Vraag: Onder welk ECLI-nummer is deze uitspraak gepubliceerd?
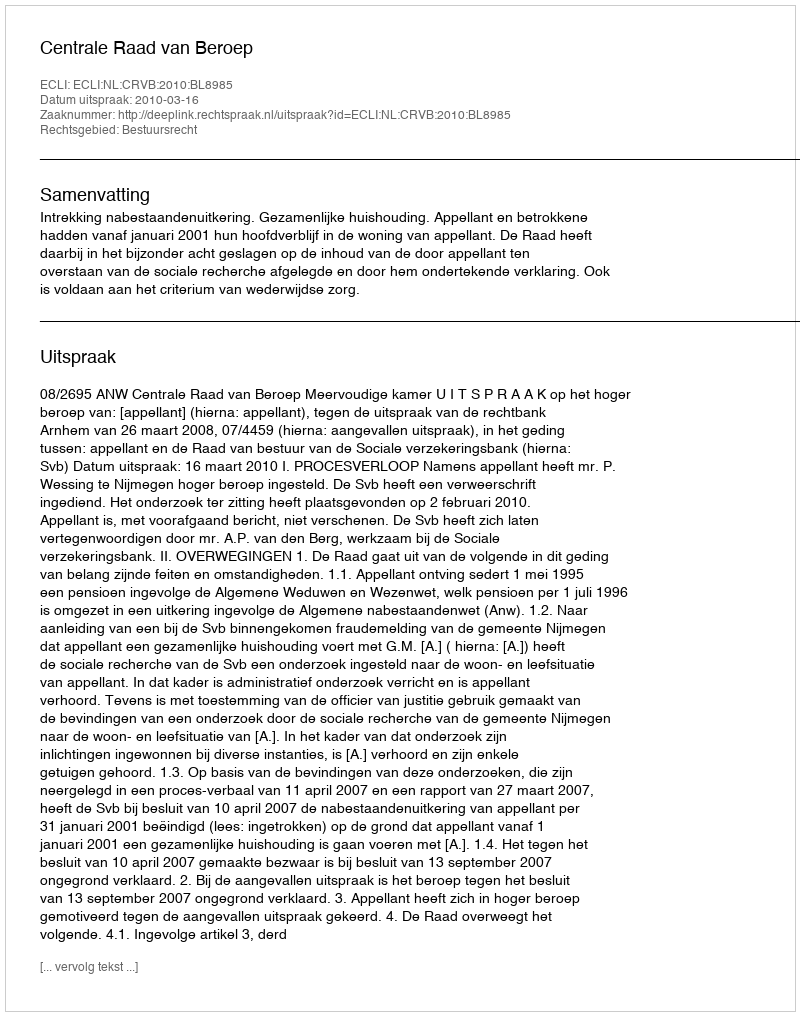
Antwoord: ECLI:NL:CRVB:2010:BL8985